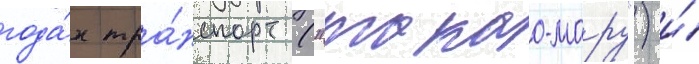
года́х тра́нспорт ("такао-мару") и́